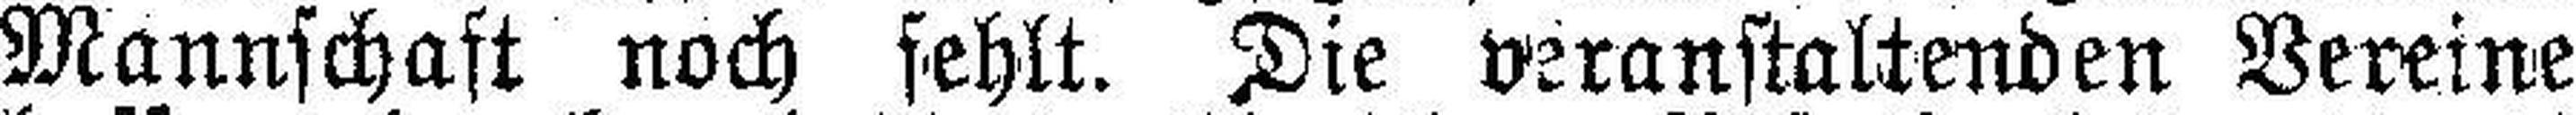
Mannschaft noch fehlt. Die veranstaltenden Vereine